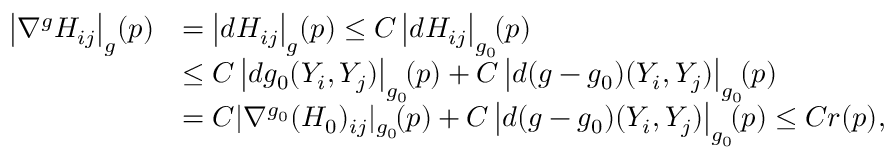
\begin{array} { r l } { \left| \nabla ^ { g } H _ { i j } \right| _ { g } \! ( p ) } & { = \left| d H _ { i j } \right| _ { g } \! ( p ) \leq C \left| d H _ { i j } \right| _ { g _ { 0 } } \! \! ( p ) } \\ & { \leq C \left| d g _ { 0 } ( Y _ { i } , Y _ { j } ) \right| _ { g _ { 0 } } \! \! ( p ) + C \left| d ( g - g _ { 0 } ) ( Y _ { i } , Y _ { j } ) \right| _ { g _ { 0 } } \! \! ( p ) } \\ & { = C | \nabla ^ { g _ { 0 } } ( H _ { 0 } ) _ { i j } | _ { g _ { 0 } } \! ( p ) + C \left| d ( g - g _ { 0 } ) ( Y _ { i } , Y _ { j } ) \right| _ { g _ { 0 } } \! \! ( p ) \leq C r ( p ) , } \end{array}